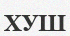
ХУШ